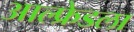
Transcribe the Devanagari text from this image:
आल्फ्रेडला